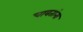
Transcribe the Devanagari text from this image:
चावतांना